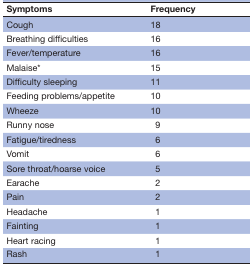
| Symptoms | Frequency |
 | --- | --- |
 | Cough | 18 |
 | Breathing difficulties | 16 |
 | Fever/temperature | 16 |
 | Malaise* | 15 |
 | Difficulty sleeping | 11 |
 | Feeding problems/appetite | 10 |
 | Wheeze | 10 |
 | Runny nose | 9 |
 | Fatigue/tiredness | 6 |
 | Vomit | 6 |
 | Sore throat/hoarse voice | 5 |
 | Earache | 2 |
 | Pain | 2 |
 | Headache | 1 |
 | Fainting | 1 |
 | Heart racing | 1 |
 | Rash | 1 |